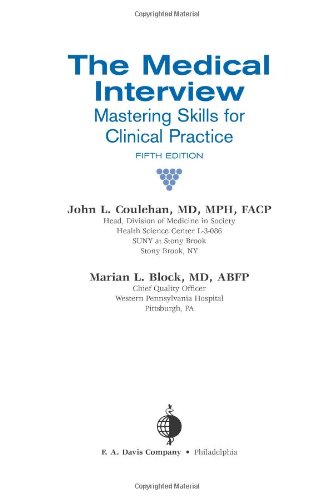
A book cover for The Medical Interview: Mastering Skills for Clinical Practice (Medical Interview); John L. Coulehan; Medical Books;